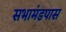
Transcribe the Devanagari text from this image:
सभामंडपास